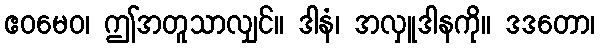
ဧဝမေဝ၊ ဤအတူသာလျှင်။ ဒါနံ၊ အလှူဒါနကို။ ဒဒတော၊